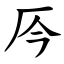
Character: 㕂